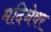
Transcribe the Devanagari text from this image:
मदिनेवर